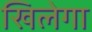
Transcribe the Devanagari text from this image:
खिलेगा